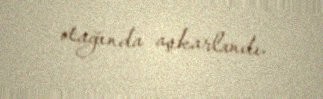
otağında aşkarlandı.